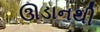
ઊડાનથી